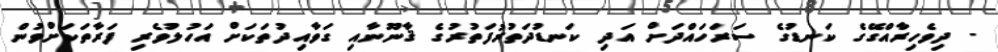
- ދިވެހިރާއްގޭގެ ކަނޑުގެ ސަރަހައްދަށް އަދި ކަނޑުދަތުރުފަތުރުގެ ޤާނޫނާއި ގަވާއިދުތަކަށް އަހުލުވެރި ފަރާތަކަށްވުން